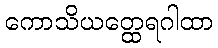
ကောသိယတ္ထေရဂါထာ